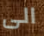
الى